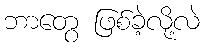
ဘာတွေ ဖြစ်ခဲ့လို့လဲ